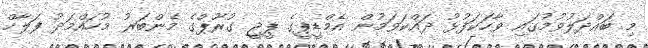
މި ބައްދަލުވުމުގައި ވާހަކަފުޅު ދައްކަވަމުން އެމްޑީޕީގެ ޕީޖީ ގުރޫޕްގެ މެންބަރު މުހައްމަދު ފަލާހް